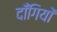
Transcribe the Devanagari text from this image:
दाँगियों